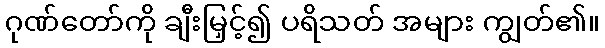
ဂုဏ်တော်ကို ချီးမြှင့်၍ ပရိသတ် အများ ကျွတ်၏။